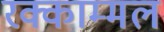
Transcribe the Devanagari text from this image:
रक्काम्मल